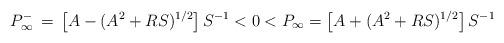
LaTeX: \begin{align*} P_{\infty}^-\,=\,\left[A-(A^2+RS)^{1/2}\right]S^{-1}<0<P_{\infty}=\left[A+(A^2+RS)^{1/2}\right]S^{-1} \end{align*}